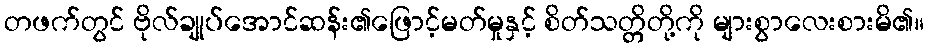
တဖက်တွင် ဗိုလ်ချုပ်အောင်ဆန်း၏ဖြောင့်မတ်မှုနှင့် စိတ်သတ္တိတို့ကို များစွာလေးစားမိ၏။